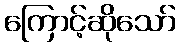
ကြောင့်ဆိုသော်